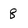
Character: 8